Lunatic asylums Madras 1877-1891 - 1877-1891
Year: 1877
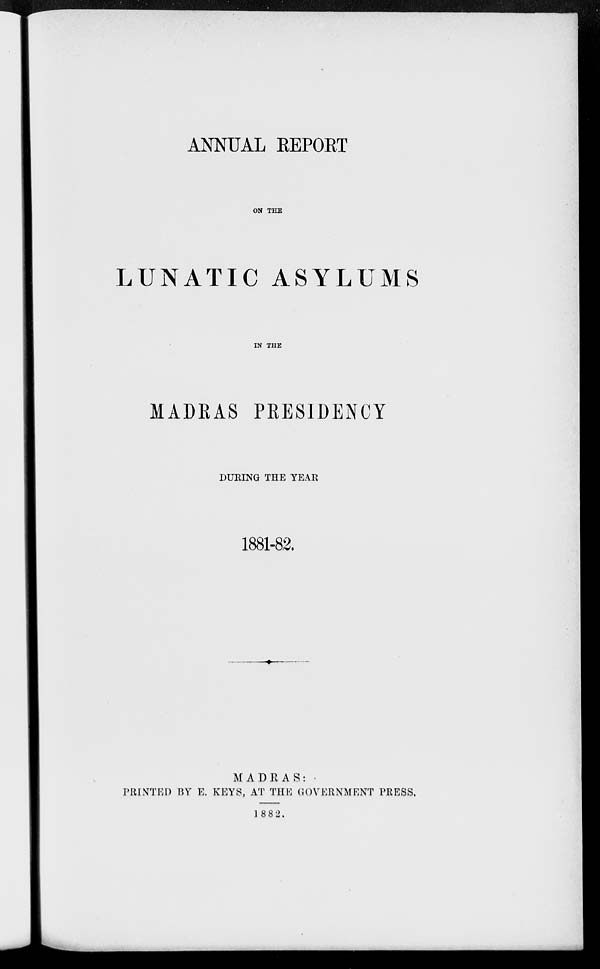
ANNUAL REPORT
ON THE
LUNATIC ASYLUMS
IN THE
MADRAS PRESIDENCY
DURING THE YEAR
1881-82.
MADRAS:
PRINTED BY E. KEYS, AT THE GOVERNMENT PRESS.
1882.